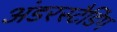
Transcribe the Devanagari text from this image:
अंडरस्टैडिंग